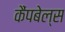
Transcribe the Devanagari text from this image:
कैंपबेल्स